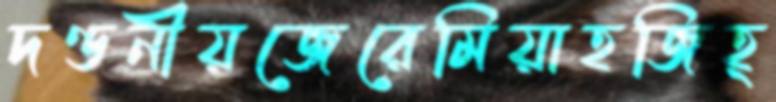
দণ্ডনীয়জেরেমিয়াহজিহ্